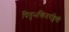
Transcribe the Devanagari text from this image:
पितृभक्तितरङ्गिणी